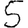
Digit: 5